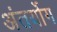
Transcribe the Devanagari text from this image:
अंतर्योग